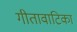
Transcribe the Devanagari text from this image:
गीतावाटिका